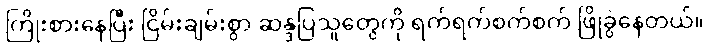
ကြိုးစားနေပြီး ငြိမ်းချမ်းစွာ ဆန္ဒပြသူတွေကို ရက်ရက်စက်စက် ဖြိုခွဲနေတယ်။